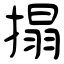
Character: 搨